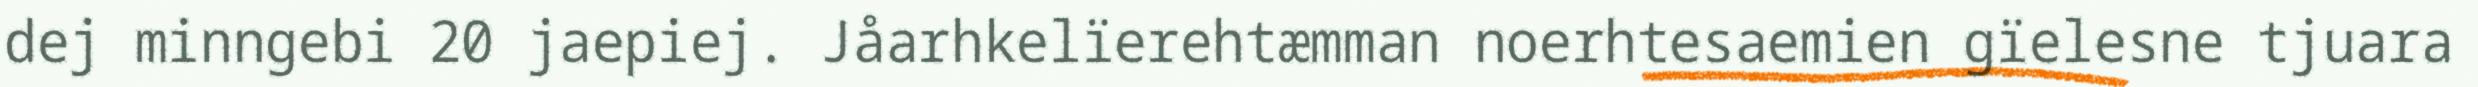
dej minngebi 20 jaepiej. Jåarhkelïerehtæmman noerhtesaemien gïelesne tjuara